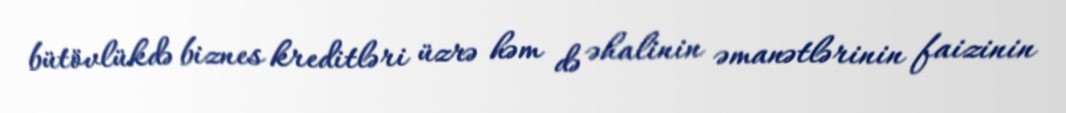
bütövlükdə biznes kreditləri üzrə həm də əhalinin əmanətlərinin faizinin